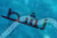
نشط